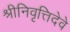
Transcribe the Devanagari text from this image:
श्रीनिवृत्तिदेवे